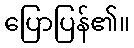
ပြောပြန်၏။